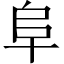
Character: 阜